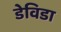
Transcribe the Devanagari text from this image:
डेविडा